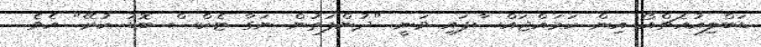
ޑަބްލިއުއެޗްއޯ އިން ހަމައްޖައްސާފައި ވަނީ "ދުންފަތުން ނަގާ ޓެކްސް ބޮޑު ކުރޭ" އެވެ.